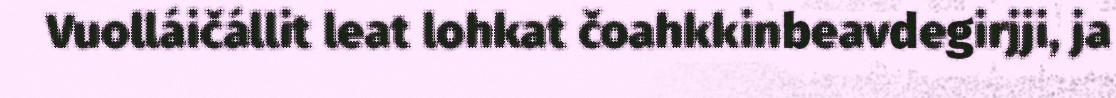
Vuolláičállit leat lohkat čoahkkinbeavdegirjji, ja